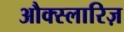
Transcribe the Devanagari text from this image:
औक्स्लारिज़